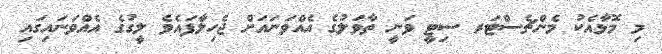
މި މޮޅާއެކު މެންޗެސްޓަރ ސިޓީ ވަނީ ތާވަލުގެ އެއްވަނައަށް ޖެހިލާފައެވެ ލީގުގެ އެއްވަނައިގައި